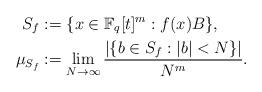
LaTeX: \begin{align*}S_f &:= \{ x \in \mathbb{F}_q[t]^m : f(x) B \},\\\mu_{S_f} &:= \lim\limits_{N \rightarrow \infty} \frac{|\{ b \in S_f : |b|<N \}|}{N^m}. \end{align*}